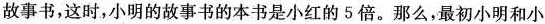
故事书，这时，小明的故事书的本书是小红的5倍。那么，最初小明和小